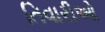
તિવારીઓ